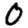
Digit: 0